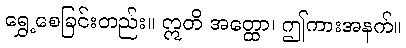
ရွှေ့စေခြင်းတည်း။ ဣတိ အတ္ထော၊ ဤကားအနက်။